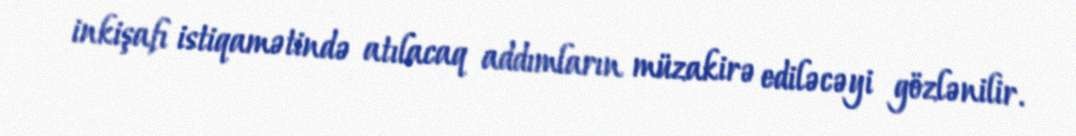
inkişafı istiqamətində atılacaq addımların müzakirə ediləcəyi gözlənilir.